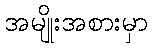
အမျိုးအစားမှာ